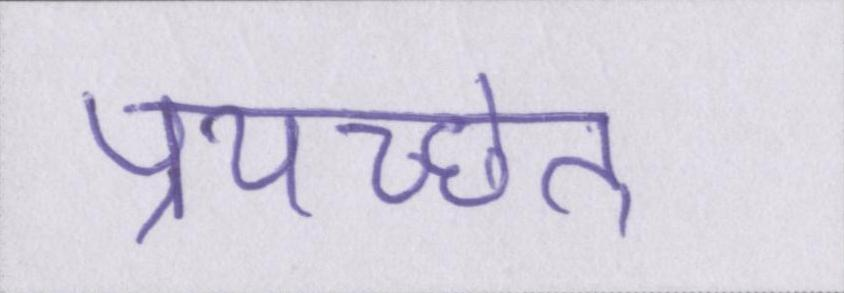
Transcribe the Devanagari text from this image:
प्रयच्छेत्